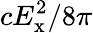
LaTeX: cE_{\mathrm{x}}^{2}/8\pi